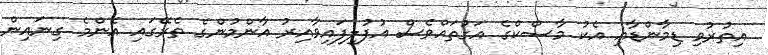
އިތުރުވި ޑިމާންޑާއި އެކު މާސްކްގެ އަގުތައްވެސް އުފުލިފައިވާއިރު އާންމުންގެ ތެރޭގައި އެންމެ ގިނައިން